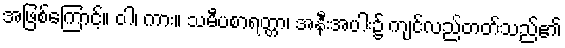
အဖြစ်ကြောင့်။ ဝါ၊ ကား။ သမီပစာရတ္တာ၊ အနီးအပါး၌ ကျင်လည်တတ်သည်၏